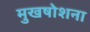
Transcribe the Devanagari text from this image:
मुखषोशना